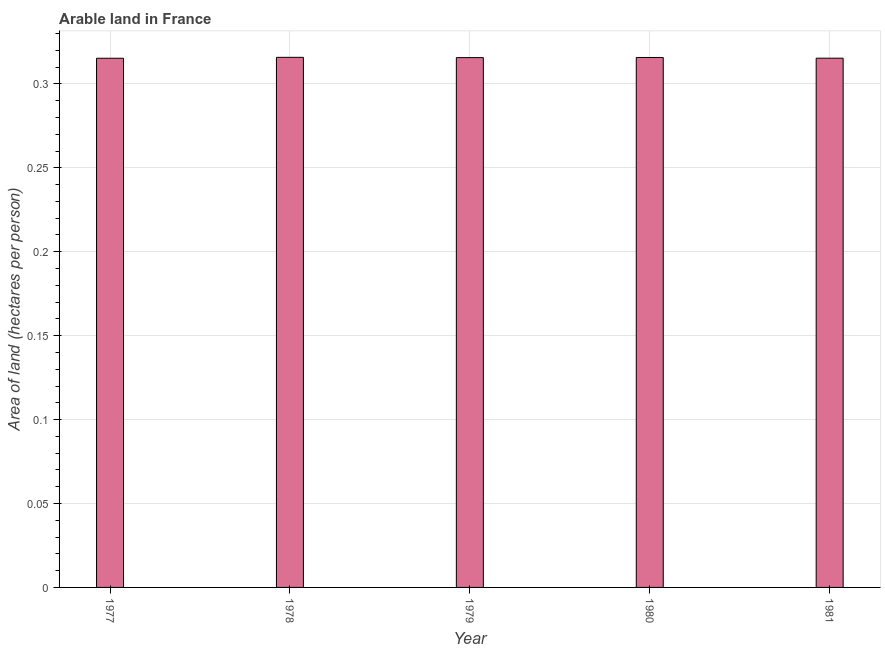
| Year | Arable land |
 | --- | --- |
 | 1977 | 0.315 |
 | 1978 | 0.316 |
 | 1979 | 0.316 |
 | 1980 | 0.316 |
 | 1981 | 0.315 |